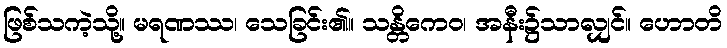
ဖြစ်သကဲ့သို့။ မရဏဿ၊ သေခြင်း၏။ သန္တိကေဝ၊ အနီး၌သာလျှင်။ ဟောတိ